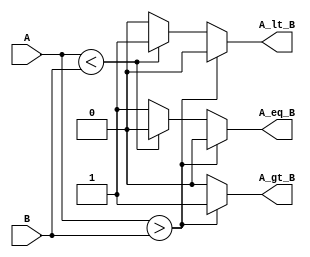
module ParameterizedComparator #(parameter N = 8) (
    input  [N-1:0] A,      // Input A
    input  [N-1:0] B,      // Input B
    output reg A_gt_B,     // Output: A > B
    output reg A_lt_B,     // Output: A < B
    output reg A_eq_B      // Output: A == B
);

    // Behavioral logic for comparison
    always @(*) begin
        // Initialize outputs to 0
        A_gt_B = 0;
        A_lt_B = 0;
        A_eq_B = 0;

        // Compare A and B
        if (A > B) begin
            A_gt_B = 1;   // A is greater than B
        end else if (A < B) begin
            A_lt_B = 1;   // A is less than B
        end else begin
            A_eq_B = 1;   // A is equal to B
        end
    end

endmodule